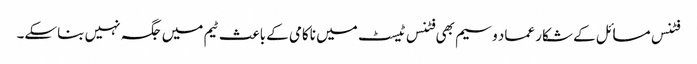
فٹنس مسائل کے شکار عماد وسیم بھی فٹنس ٹیسٹ میں ناکامی کے باعث ٹیم میں جگہ نہیں بناسکے۔